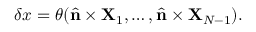
\delta x = \theta ( { \hat { \mathbf { n } } } \times { \mathbf { X } } _ { 1 } , \ldots , { \hat { \mathbf { n } } } \times { \mathbf { X } } _ { N - 1 } ) .